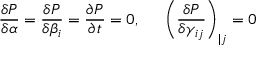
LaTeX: \frac { \delta P } { \delta \alpha } = \frac { \delta P } { \delta \beta _ { i } } = \frac { \partial P } { \partial t } = 0 , ~ ~ ~ ~ \left( \frac { \delta P } { \delta \gamma _ { i j } } \right) _ { | j } = 0